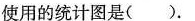
使用的统计图是( )。